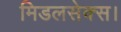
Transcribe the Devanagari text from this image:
मिडलसेक्स।